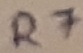
Text: R7